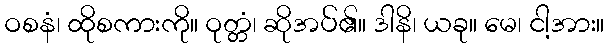
ဝစနံ၊ ထိုစကားကို။ ဝုတ္တံ၊ ဆိုအပ်၏။ ဒါနိ၊ ယခု။ မေ၊ ငါ့အား။